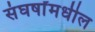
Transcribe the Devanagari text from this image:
संघर्षांमधील